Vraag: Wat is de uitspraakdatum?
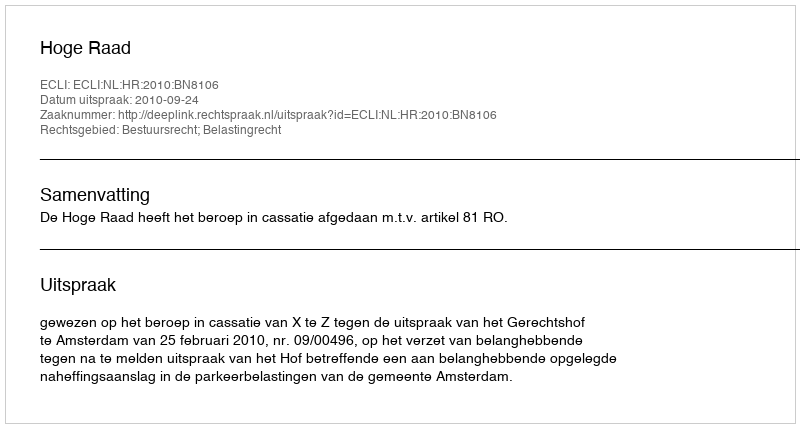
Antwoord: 2010-09-24